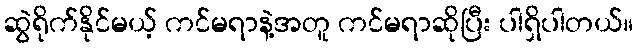
ဆွဲရိုက်နိုင်မယ့် ကင်မရာနဲ့အတူ ကင်မရာဆိုပြီး ပါရှိပါတယ်။